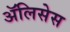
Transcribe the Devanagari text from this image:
ॲलिसेस